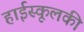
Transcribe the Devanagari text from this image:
हाईस्कूलकी